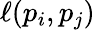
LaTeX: \ell(p_{i},p_{j})